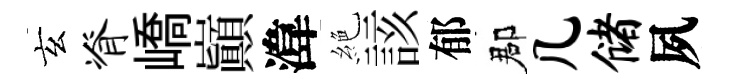
玄脊嶠巔湋絶該郁郡几储夙